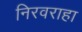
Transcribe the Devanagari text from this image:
निरवराहा